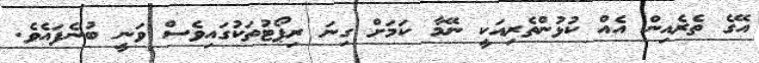
އޭގެ ތެރެއިން އެއް ކުޅުންތެރިއަކީ ނޭމާ ކަމަށް ގިނަ ރިޕޯޓުތަކުގައިވެސް ވަނީ ބުނެފައެވެ.